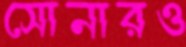
সোনারও